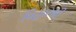
વિહારથી